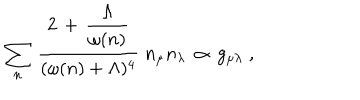
LaTeX: \sum _ { n } \, \frac { 2 \, + \, \displaystyle { \frac { \Lambda } { \omega ( n ) } } } { ( \omega ( n ) + \Lambda ) ^ { 4 } } \; n _ { \mu } n _ { \lambda } \, \propto \, g _ { \mu \lambda } \; ,